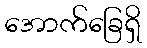
အောက်ခြေရှိ